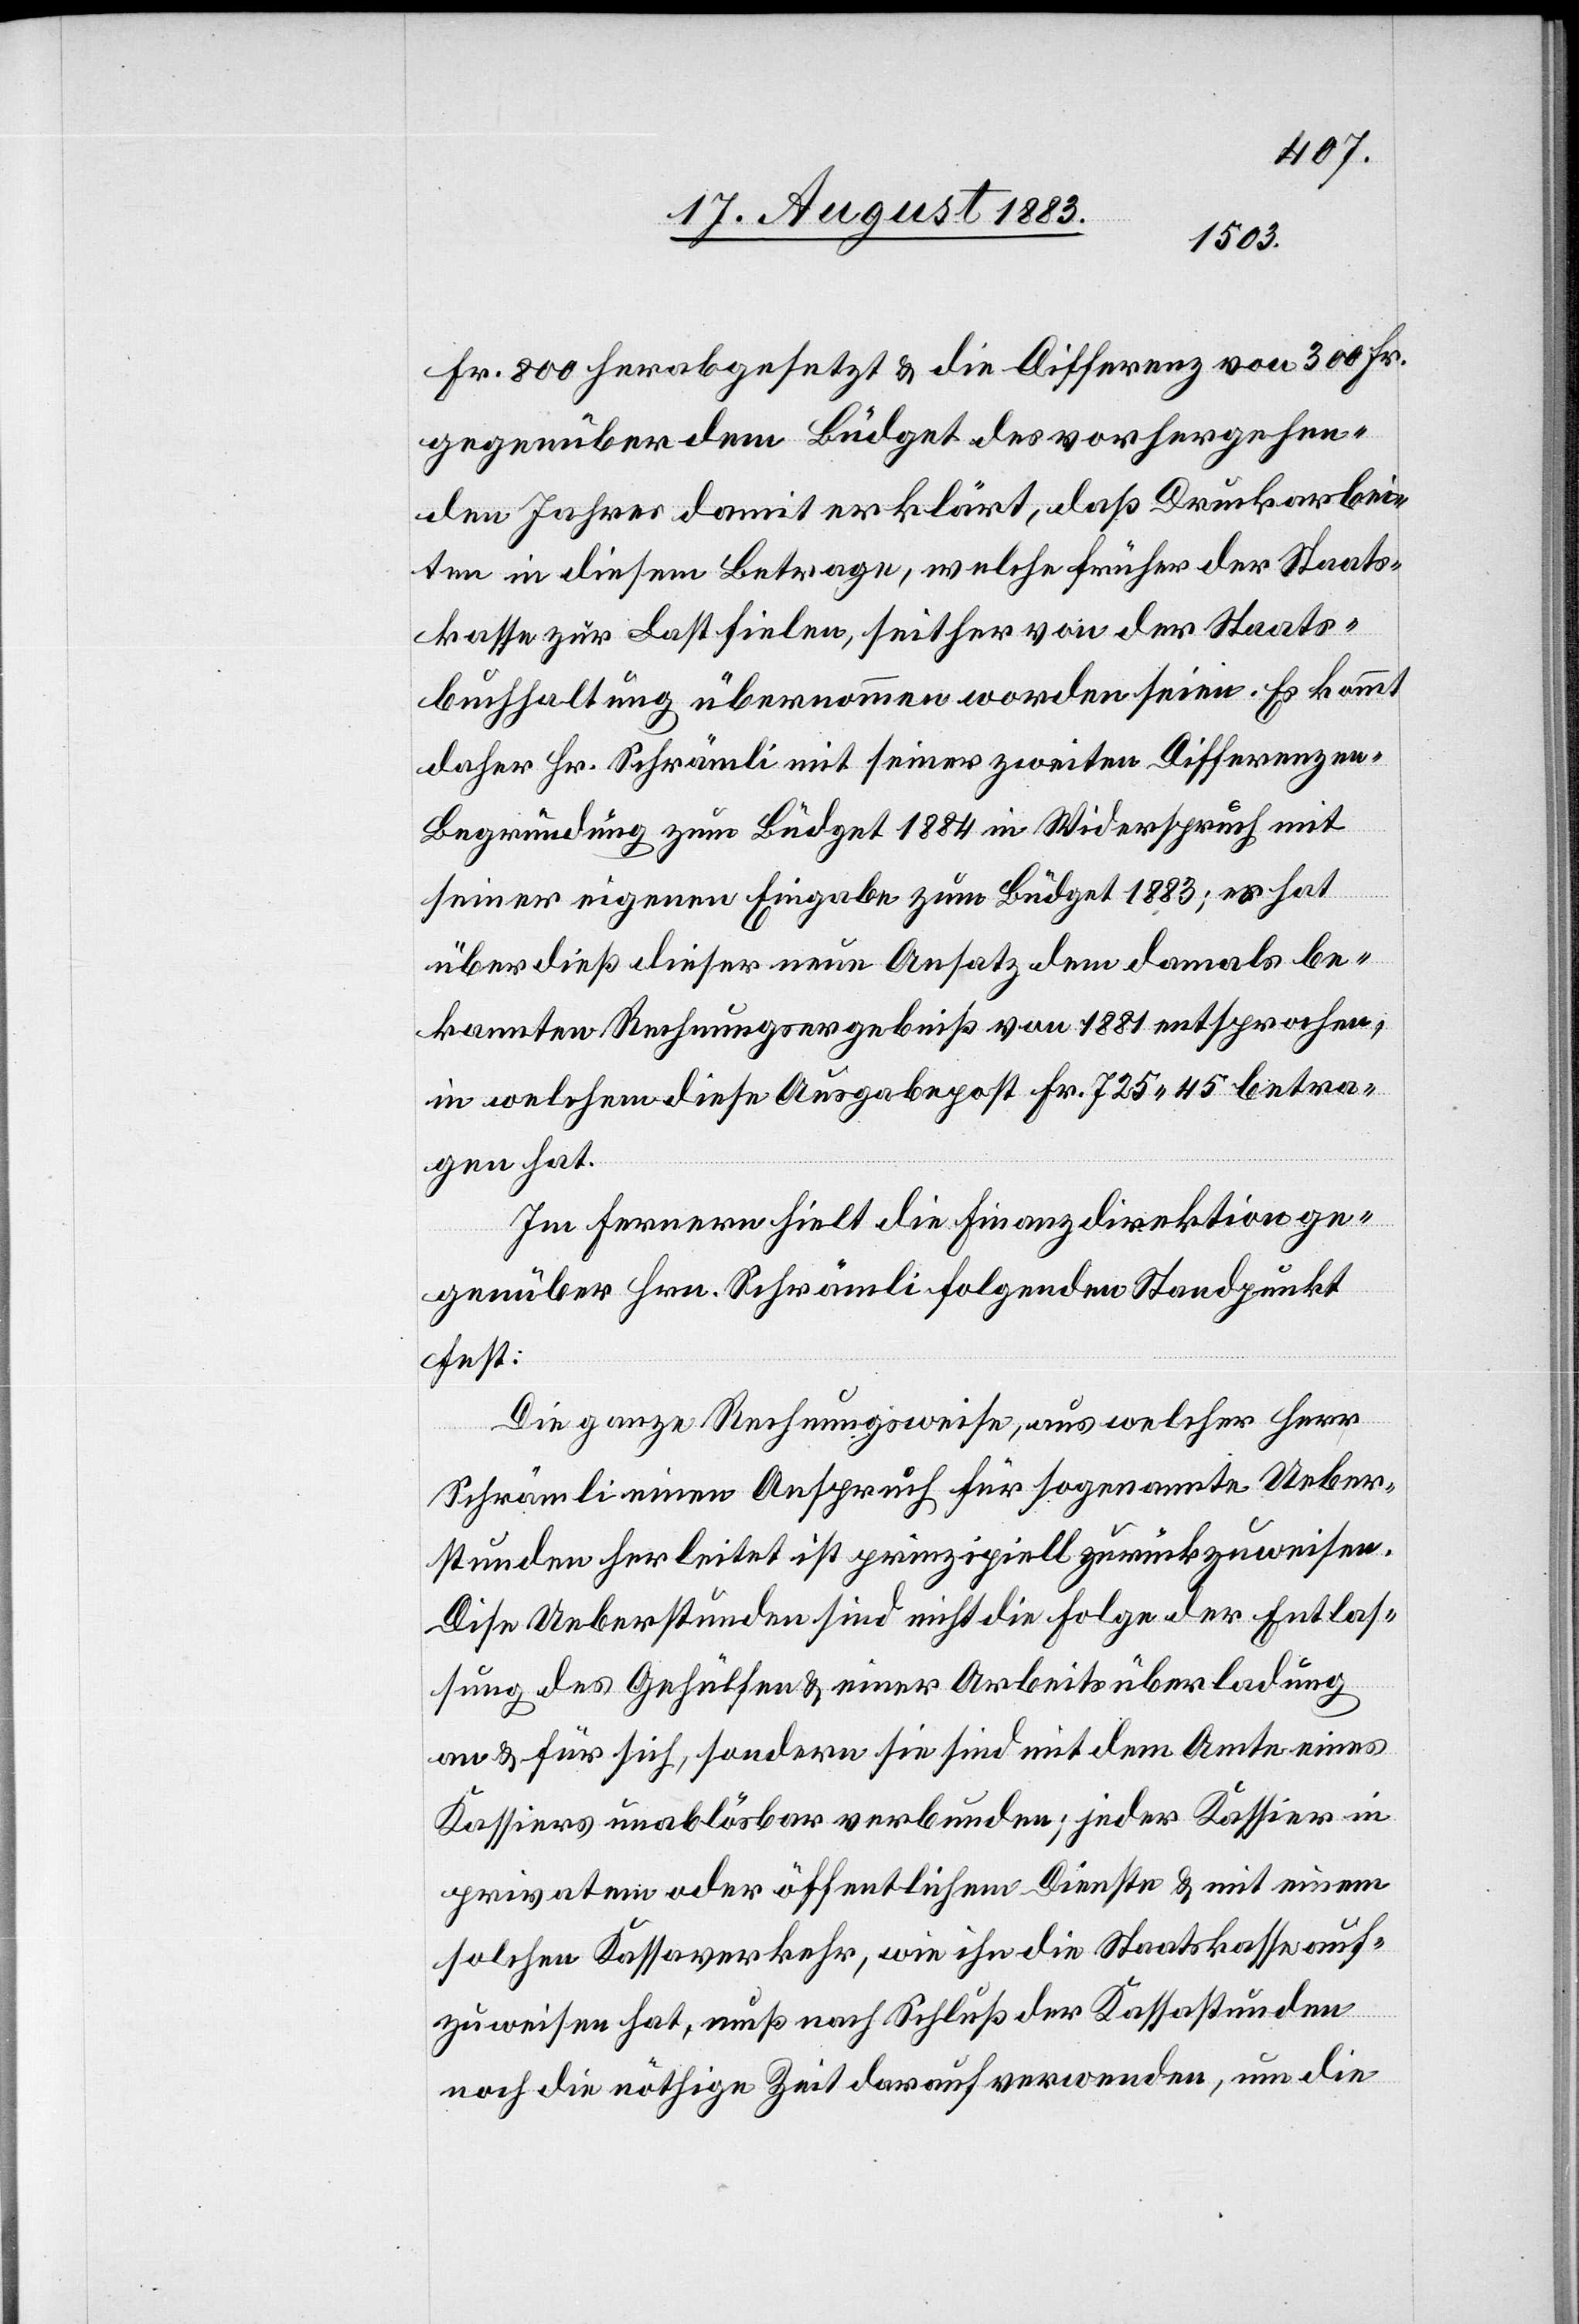
Fr. 800 herabgesetzt & die Differenz von 300 Fr.
gegenüber dem Büdget des vorhergehen¬
den Jahres damit erklärt, daß Druckarbei¬
ten in diesem Betrage, welche früher der Staats¬
kasse zur Last fielen, seither von der Staats¬
buchhaltung übernommen worden seien. Es kommt
daher Hr. Schrämli mit seiner zweiten Differenze¬
n-Begründung zum Büdget 1884 in Widerspruch mit
seiner eigenen Eingabe zum Büdget 1883; es hat
überdieß dieser neue Ansatz dem damals be¬
kannten Rechnungsergebniß von 1881 entsprochen,
in welchem diese Ausgabepost Fr. 725 45 betra¬
gen hat.
Im Fernern hielt die Finanzdirektion ge¬
genüber Hrn. Schrämli folgenden Stadtpunkt
fest:
Die ganze Rechnungsweise, aus welcher Herr
Schrämli einen Anspruch für sogenannte Ueber¬
stunden herleitet ist prinzipiell zurückzuweisen.
Diese Ueberstunden sind nicht die Folge der Entlas¬
sung des Gehülfen & einer Arbeitsüberladung
an & für sich, sondern sie sind mit dem Amte eines
Kassiers unablösbar verbunden; jeder Kassier in
privatem oder öffentlichem Dienste & mit einem
solchen Kassaverkehr, wie ihn die Staatskasse auf¬
zuweisen hat, muß nach Schluß der Kassastunden
noch die nöthige Zeit darauf verwenden, um die